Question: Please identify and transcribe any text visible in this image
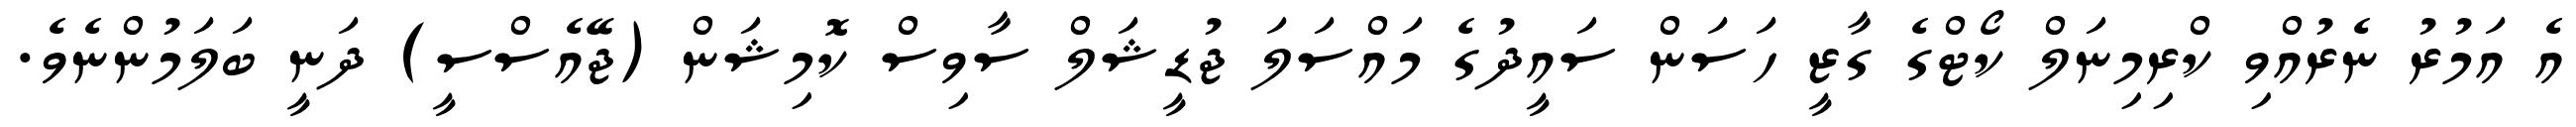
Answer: އެ އަމުރު ނެރުއްވި ކްރިމިނަލް ކޯޓްގެ ގާޒީ ހަސަން ސައީދުގެ މައްސަލަ ޖުޑީޝަލް ސާވިސް ކޮމިޝަން (ޖޭއެސްސީ) ދަނީ ބަލަމުންނެވެ.